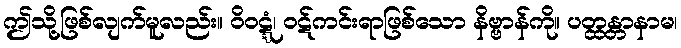
ဤသို့ဖြစ်လျက်မူလည်း။ ဝိဝဋ္ဋံ၊ ဝဋ်ကင်းရာဖြစ်သော နိဗ္ဗာန်ကို။ ပတ္ထန္တာနာမ၊